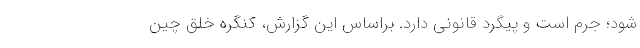
شود؛ جرم است و پیگرد قانونی دارد. براساس این گزارش، کنگره خلق چین